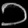
Digit: ၁